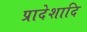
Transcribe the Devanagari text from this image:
प्रादेशादि